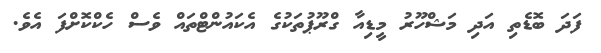
ފަދަ ބޮޑެތި އަދި މަޝްހޫރު މީޑިއާ ގްރޫޕުތަކުގެ އެކައުންޓްތައް ވެސް ހެކްކޮށްފަ އެވެ.